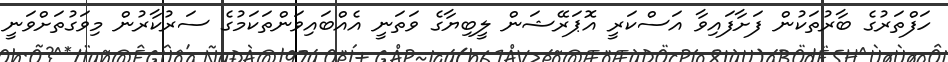
ހަފްތަރުގެ ބާރުތަކުން ފަށާފައިވާ އަސްކަރީ އޮޕަރޭޝަން ލީބިޔާގެ ވަތަނީ އެއްބައިވަންތަކަމުގެ ސަރުކާރުން މިވަގުތަށްވަނީ